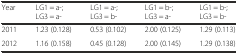
<table><thead><tr><td><b>Year</b></td><td><b>LG1 = a-; LG3 = a-</b></td><td><b>LG1 = a-; LG3 = b-</b></td><td><b>LG1 = b-; LG3 = a-</b></td><td><b>LG1 = b-; LG3 = b-</b></td></tr></thead><tbody><tr><td>2011</td><td>1.23 (0.128)</td><td>0.53 (0.102)</td><td>2.00 (0.125)</td><td>1.29 (0.113)</td></tr><tr><td>2012</td><td>1.16 (0.158)</td><td>0.45 (0.128)</td><td>2.00 (0.145)</td><td>1.29 (0.138)</td></tr></tbody></table>